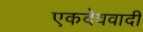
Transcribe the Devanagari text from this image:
एकदेववादी